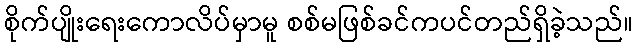
စိုက်ပျိုးရေးကောလိပ်မှာမူ စစ်မဖြစ်ခင်ကပင်တည်ရှိခဲ့သည်။